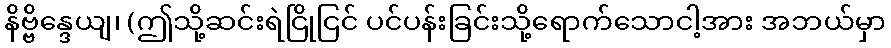
နိဗ္ဗိန္ဒေယျ၊ (ဤသို့ဆင်းရဲငြိုငြင် ပင်ပန်းခြင်းသို့ရောက်သောငါ့အား အဘယ်မှာ